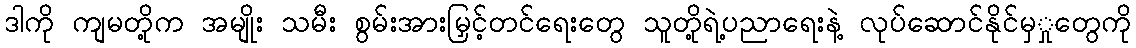
ဒါကို ကျမတို့က အမျိုး သမီး စွမ်းအားမြှင့်တင်ရေးတွေ သူတို့ရဲ့ပညာရေးနဲ့ လုပ်ဆောင်နိုင်မှှုတွေကို